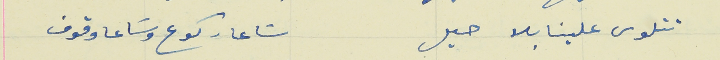
تتلوى علينا بلا حيل                                             سَاعا ركوع وسَاعا وقوف